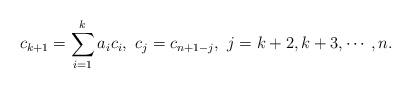
LaTeX: \begin{align*} c_{k+1} = \sum_{i=1}^k a_i c_i, \,\, c_j = c_{n+1-j}, \,\, j= k+2, k+3, \cdots, n.\end{align*}